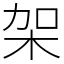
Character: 架